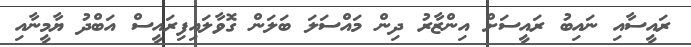
ރައީސާއި ނައިބު ރައީސަށް އިންޒާރު ދިން މައްސަލަ ބަލަން ގޮވާލައިފިރައީސް އަބްދު ޔާމީނާއި